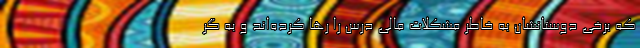
که برخی دوستانشان به خاطر مشکلات مالی درس را رها کرده‌اند و به گر